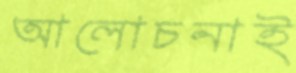
আলোচনাই